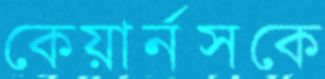
কেয়ার্নসকে